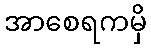
အာစေရကမှိ